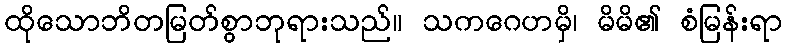
ထိုသောဘိတမြတ်စွာဘုရားသည်။ သကဂေဟမှိ၊ မိမိ၏ စံမြန်းရာ